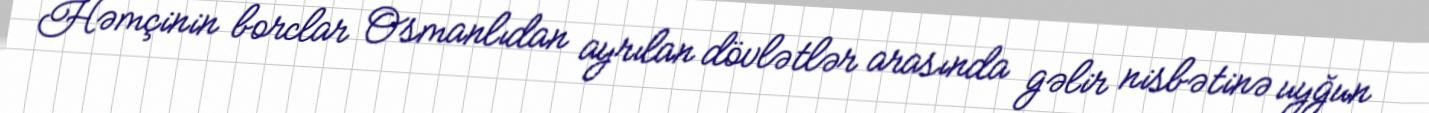
Həmçinin borclar Osmanlıdan ayrılan dövlətlər arasında gəlir nisbətinə uyğun